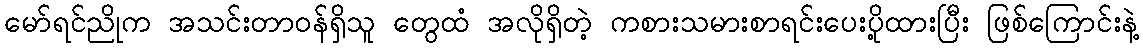
မော်ရင်ညိုက အသင်းတာဝန်ရှိသူ တွေထံ အလိုရှိတဲ့ ကစားသမားစာရင်းပေးပို့ထားပြီး ဖြစ်ကြောင်းနဲ့